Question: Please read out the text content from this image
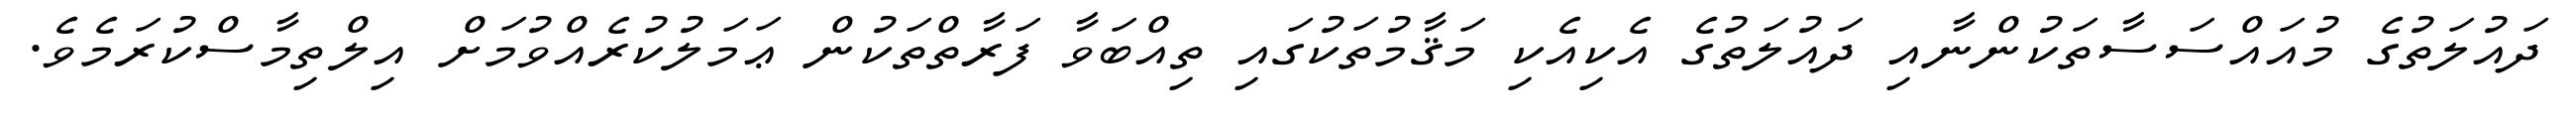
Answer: ދައުލަތުގެ މުއައްސަސާތަކުންނާއި ދައުލަތުގެ އެކިއެކި މަޤާމުތަކުގައި ތިއްބަވާ ފަރާތްތަކުން ޢަމަލުކުރެއްވުމަށް އިލްތިމާސްކުރަމެވެ.